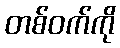
တစ်ဝက်ကို